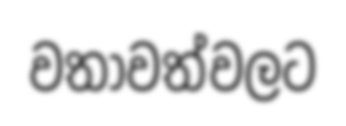
වතාවත්වලට